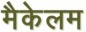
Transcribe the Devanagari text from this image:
मैकेलम